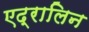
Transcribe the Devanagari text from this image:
एद्रालिन